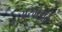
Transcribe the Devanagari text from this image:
अरमइति